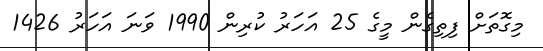
މިގޮތަށް ފިތިގެން މީގެ 25 އަހަރު ކުރިން 1990 ވަނަ އަހަރު 1426